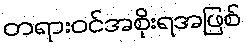
တရားဝင်အစိုးရအဖြစ်